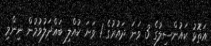
އަތޮޅު ކައުންސިލުގެ 3 ވަނަ ދައުރުގެ 1 ވަނަ ކުއްލި ބައްދަލުވުމުން ނިންމި